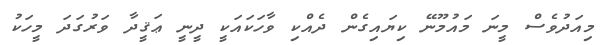
މިއަދުވެސް މީނަ މައުމޫނޭ ކިޔައިގެން ދެއްކި ވާހަކައަކީ ދީނީ ޢަޤީދާ ވަރުގަދަ މީހަކު